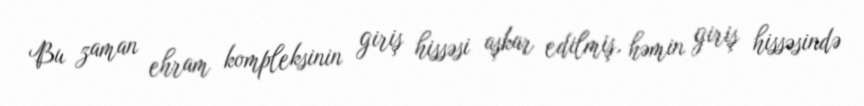
Bu zaman ehram kompleksinin giriş hissəsi aşkar edilmiş, həmin giriş hissəsində